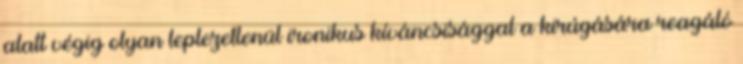
alatt végig olyan leplezetlenül ironikus kíváncsisággal a kirúgására reagáló